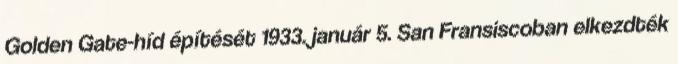
Golden Gate-híd építését 1933. január 5. San Fransiscoban elkezdték